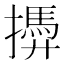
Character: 𢶚